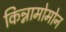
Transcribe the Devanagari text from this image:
किन्नामोमोन